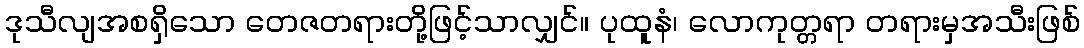
ဒုသီလျအစရှိသော တေဇတရားတို့ဖြင့်သာလျှင်။ ပုထူနံ၊ လောကုတ္တရာ တရားမှအသီးဖြစ်